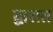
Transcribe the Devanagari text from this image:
द्वारात